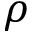
\rho